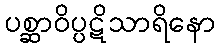
ပစ္ဆာဝိပ္ပဋိသာရိနော